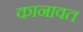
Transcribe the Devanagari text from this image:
कानावत